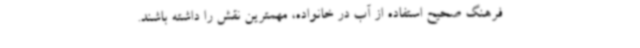
فرهنگ صحیح استفاده از آب در خانواده، مهمترین نقش را داشته باشند.